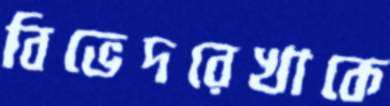
বিভেদরেখাকে